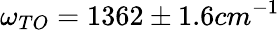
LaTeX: \omega_{TO}=1362\pm 1.6cm^{-1}